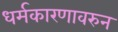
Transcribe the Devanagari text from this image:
धर्मकारणावरुन